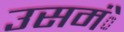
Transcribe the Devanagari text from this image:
उसमंे